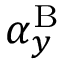
\alpha _ { y } ^ { \mathrm { B } }